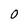
Character: O